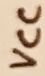
Text: VCC